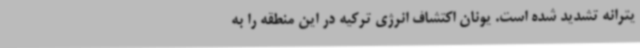
یترانه تشدید شده است. یونان اکتشاف انرژی ترکیه در این منطقه را به